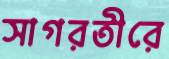
সাগরতীরে